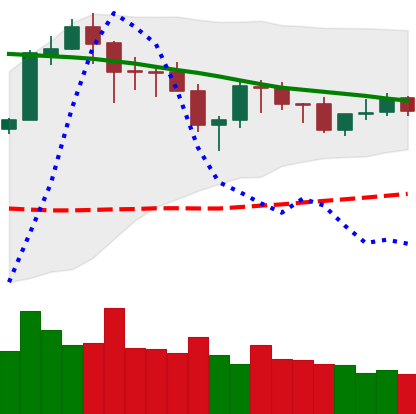
Ticker: ETH-USD
Chart end date: 2018-05-21
Forward return: -16.01%
Label: down_7plus